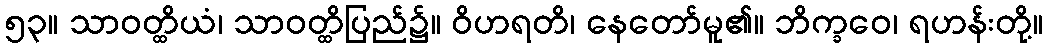
၅၃။ သာဝတ္ထိယံ၊ သာဝတ္ထိပြည်၌။ ဝိဟရတိ၊ နေတော်မူ၏။ ဘိက္ခဝေ၊ ရဟန်းတို့။